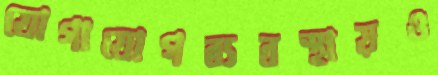
যোগাযোগব্যবস্থায়ও